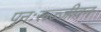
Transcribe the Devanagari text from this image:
पुनःरूज्जीवन